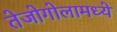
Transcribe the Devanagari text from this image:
तेजोगोलामध्ये